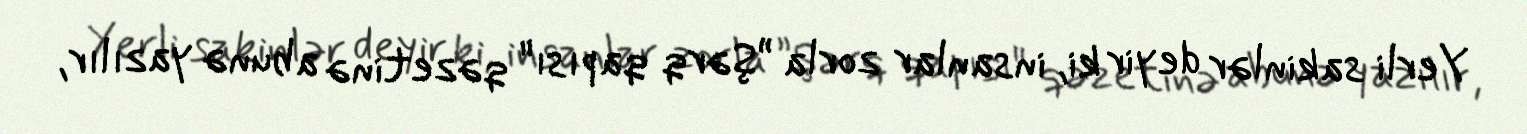
Yerli sakinlər deyir ki, insanlar zorla ”Şərq qapısı" qəzetinə abunə yazılır,